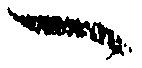
へ